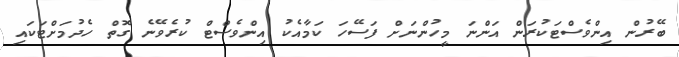
ބޭރުން އިންވެސްޓަކުރަން އަންނަ މީހުންނަށް ފަސޭހަ ކަމާއެކު އިންވެސްޓް ކުރެވޭނެ ގޮތް ހެދުމަށްޓަކައި